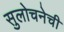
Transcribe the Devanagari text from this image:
सुलोचनेची